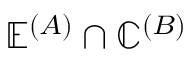
\mathbb { E } ^ { ( A ) } \cap \mathbb { C } ^ { ( B ) }